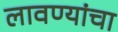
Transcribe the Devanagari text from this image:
लावण्यांचा